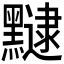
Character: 𪒡